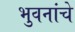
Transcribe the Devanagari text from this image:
भुवनांचे